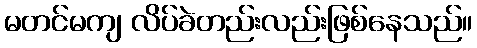
မတင်မကျ လိပ်ခဲတည်းလည်းဖြစ်နေသည်။